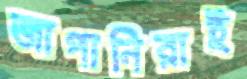
জাপানিরাই